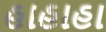
હાહાહા